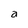
Character: a